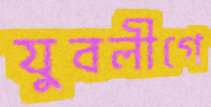
যুবলীগে